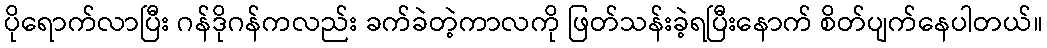
ပိုရောက်လာပြီး ဂန်ဒိုဂန်ကလည်း ခက်ခဲတဲ့ကာလကို ဖြတ်သန်းခဲ့ရပြီးနောက် စိတ်ပျက်နေပါတယ်။